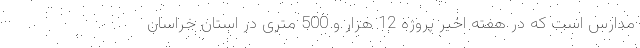
مدارس است که در هفته اخیر پروژه 12 هزار و 500 متری در استان خراسان